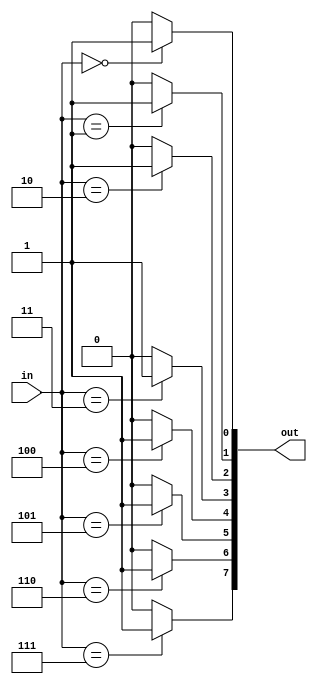
module decoder(in, out);
input [2:0] in;
output [7:0] out;

assign out[0] = (in == 3'd0) ? 1 : 0;
assign out[1] = (in == 3'd1) ? 1 : 0;			
assign out[2] = (in == 3'd2) ? 1 : 0;
assign out[3] = (in == 3'd3) ? 1 : 0;
assign out[4] = (in == 3'd4) ? 1 : 0;
assign out[5] = (in == 3'd5) ? 1 : 0;
assign out[6] = (in == 3'd6) ? 1 : 0;
assign out[7] = (in == 3'd7) ? 1 : 0;
	
endmodule